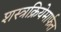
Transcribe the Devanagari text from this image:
शस्त्रक्रियेमार्फत